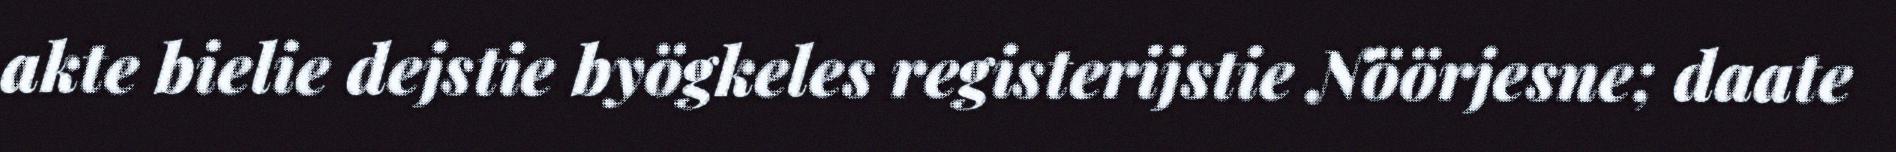
akte bielie dejstie byögkeles registerijstie Nöörjesne; daate